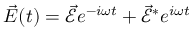
\vec { E } ( t ) = \vec { \mathcal { E } } e ^ { - i \omega t } + { \vec { \mathcal { E } } } ^ { * } e ^ { i \omega t }